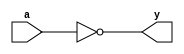
module not1(y, a);

input a;
output y;
assign y =! a;

endmodule